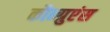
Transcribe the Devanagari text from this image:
कौन्ग्रुएंस